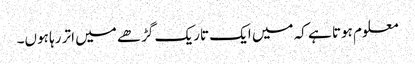
معلوم ہوتا ہے کہ میں ایک تاریک گڑھے میں اتر رہا ہوں۔